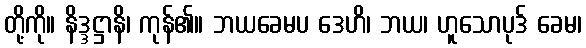
တို့ကို။ နိဒ္ဒဋ္ဌာနိ၊ ကုန်၏။ ဘယခေမပ ဒေဟိ၊ ဘယ၊ ဟူသောပုဒ် ခေမ၊